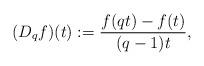
LaTeX: \begin{align*}(D_q f)(t) := \frac{f(qt)-f(t)}{(q-1)t},\end{align*}